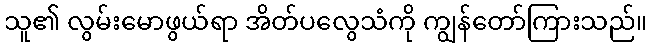
သူ၏ လွမ်းမောဖွယ်ရာ အိတ်ပလွေသံကို ကျွန်တော်ကြားသည်။